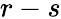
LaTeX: r-s